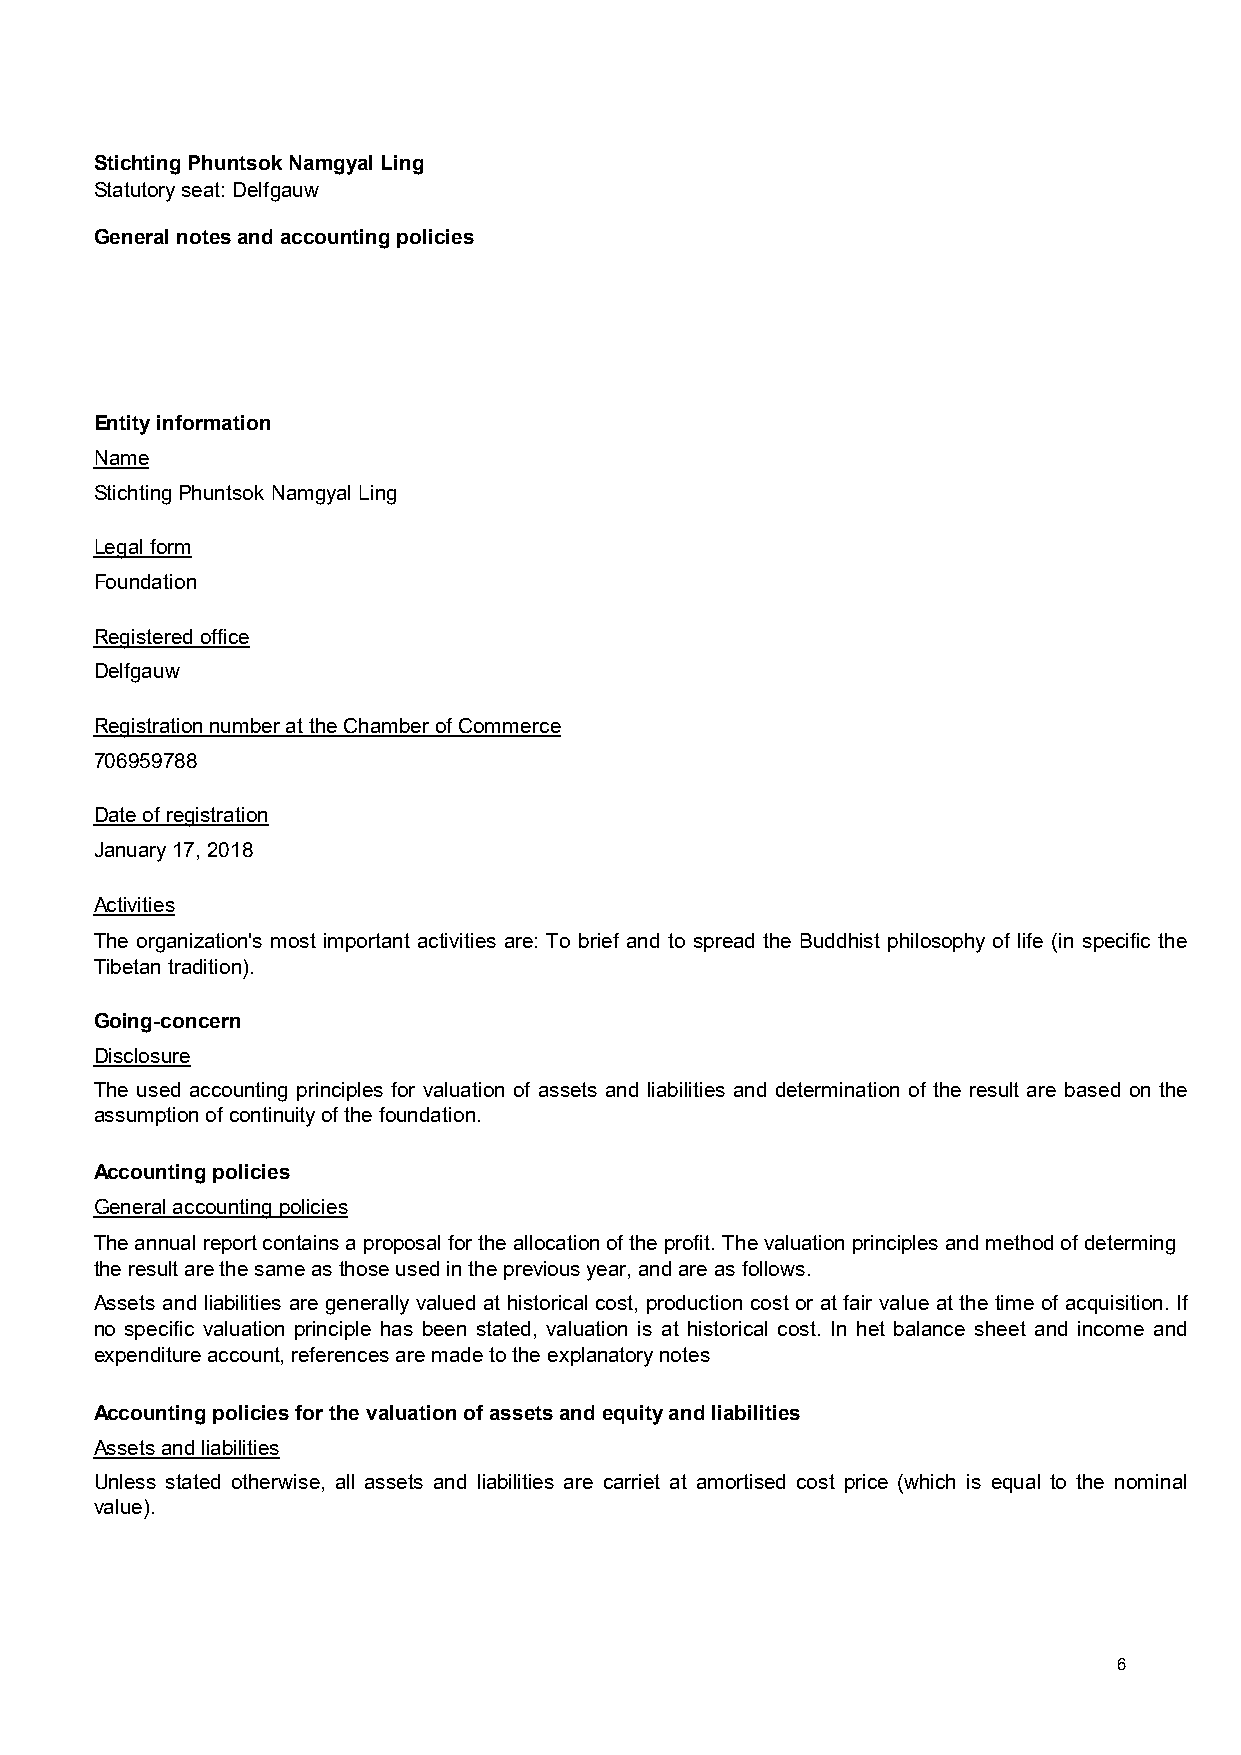
Stichting Phuntsok Namgyal Ling              Stichting Phuntsok Namgyal Ling
 Statutory seat: Delfgauw                     Statutory seat: Delfgauw
 General notes and accounting policies        General notes and accounting policies
 Entity information
 Name
 Stichting Phuntsok Namgyal Ling
 Legal form
 Foundation
 Registered office
 Delfgauw
 Registration number at the Chamber of Commerce
 706959788
 Date of registration
 January 17, 2018
 Activities
 The organization's most important activities are: To brief and to spread the Buddhist philosophy of life (in specific the
 Tibetan tradition).
 Going-concern
 Disclosure
 The used accounting principles for valuation of assets and liabilities and determination of the result are based on the
 assumption of continuity of the foundation.
 Accounting policies
 General accounting policies
 The annual report contains a proposal for the allocation of the profit. The valuation principles and method of determing
 the result are the same as those used in the previous year, and are as follows.
 Assets and liabilities are generallyvalued at historical cost, production cost or at fair value at the time of acquisition. If
 no specific valuation principle has been stated, valuation is at historical cost. In het balance sheet and income and
 expenditure account, references are made to the explanatory notes
 Accounting policies for the valuation of assets and equity and liabilities
 Assets and liabilities
 Unless stated otherwise, all assets and liabilities are carriet at amortised cost price (which is equal to the nominal
 value).
 6